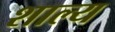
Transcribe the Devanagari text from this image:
शाल्य